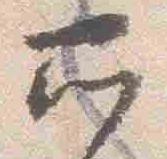
所